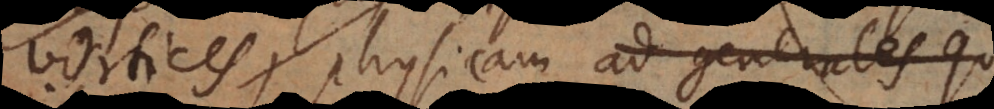
vortices, physicam ad generales qu